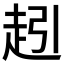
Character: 𮚵